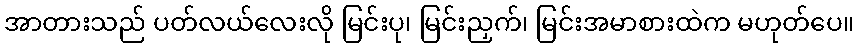
အာတားသည် ပတ်လယ်လေးလို မြင်းပု၊ မြင်းညှက်၊ မြင်းအမာစားထဲက မဟုတ်ပေ။